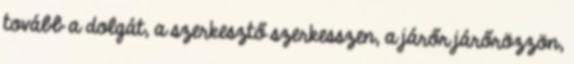
tovább a dolgát, a szerkesztő szerkesszen, a járőr járőrözzön,